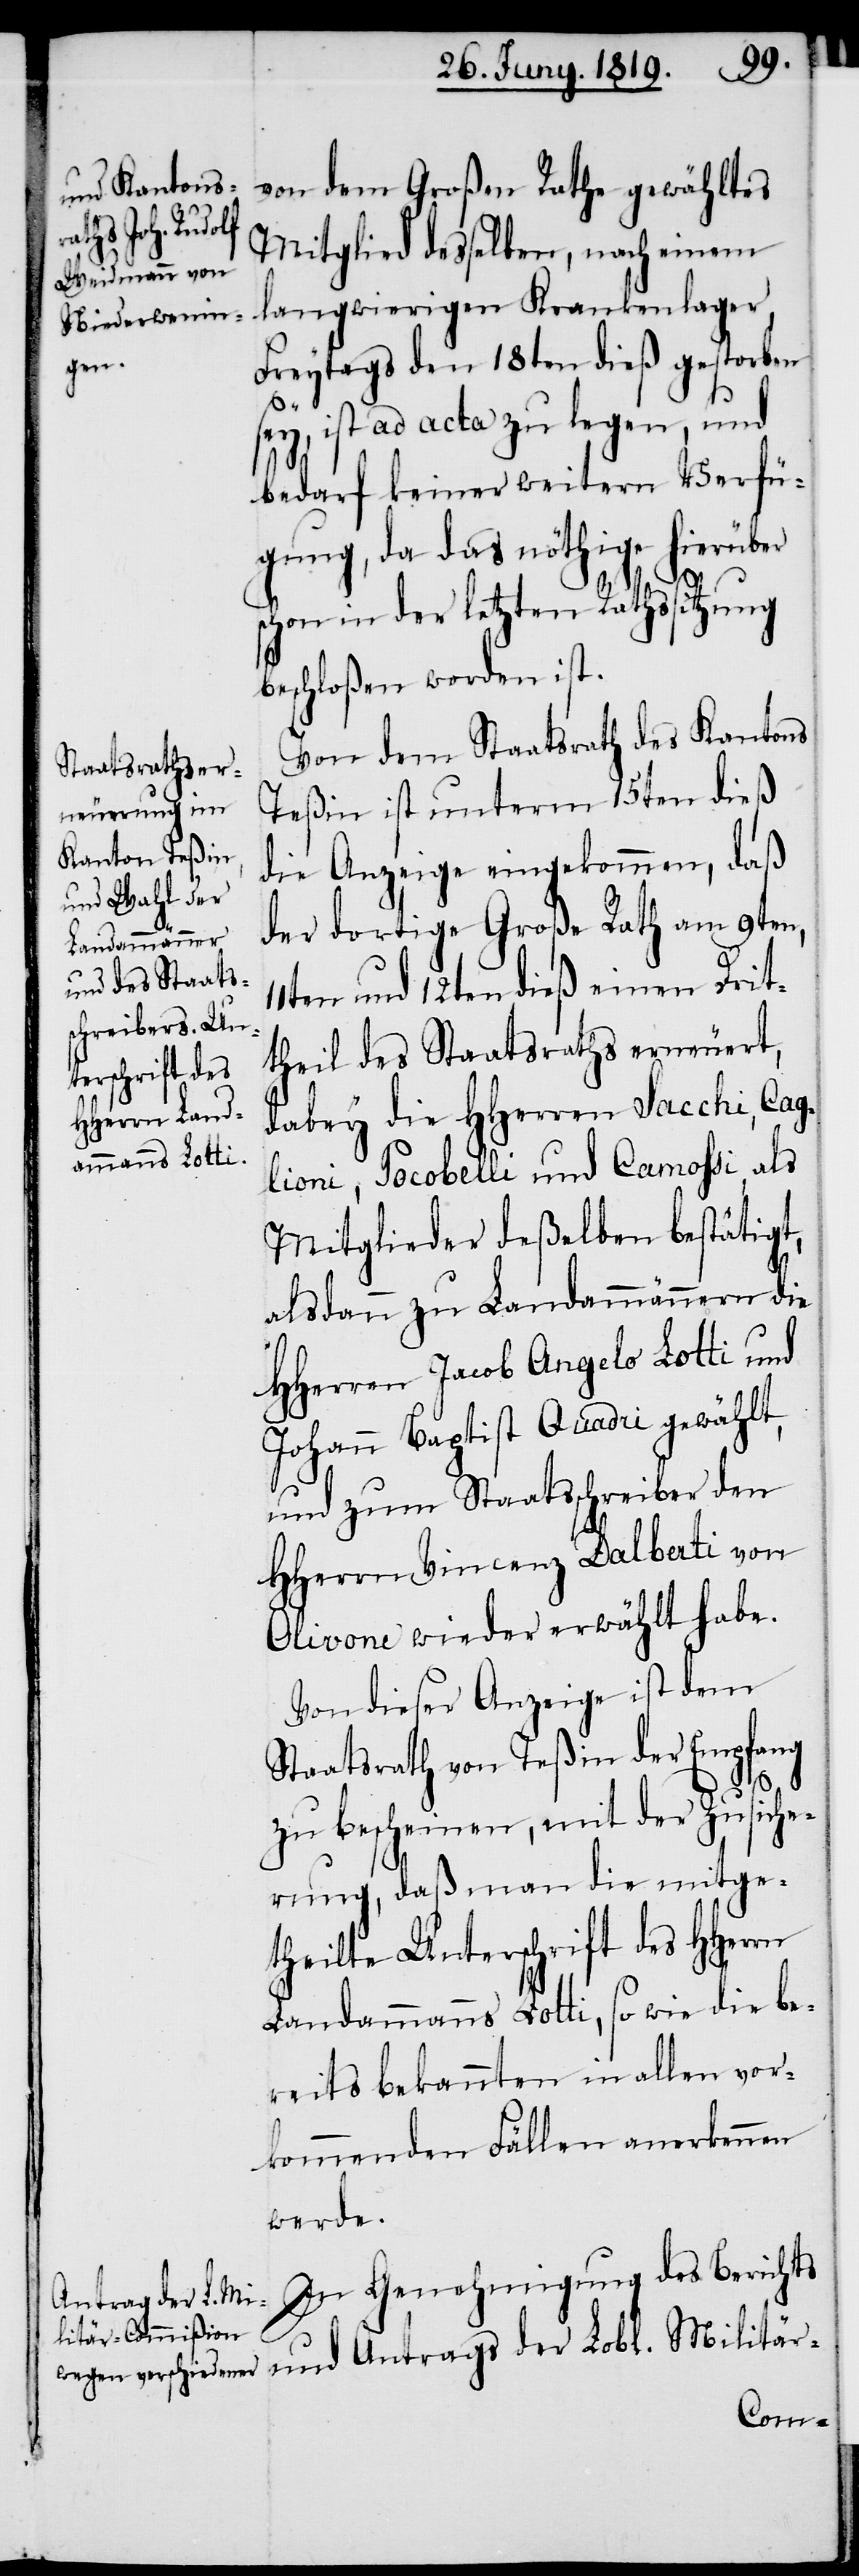
von dem Großen Rath gewähltes
Mitglied desselben, nach einem
langwierigen Krankenlager,
Freytags den 18ten dieß gestorben
sey, ist ad acta zu legen, und
bedarf keiner weitern Verfü¬
gung, da das nöthige hierüber
s¬
chon in der letzten Rathssitzung
beschloßen worden ist.
Von dem Staatsrath des Kantons
Teßin ist unterm 15ten dieß
die Anzeige eingekommen, daß
der dortige Große Rath am 9ten,
11ten und 12ten dieß einen Drit¬
theil des Staatsraths erneuert,
dabey die HHerren Sacchi, Cag¬
lioni, Pocobelli und Camohsi, als
Mitglieder deßelben bestätigt,
alsdann zu Landammännern die
HHerren Jacob Angelo Lotti und
Johann Baptist Quadri gewählt,
und zum Staatsschreiber den
HHerrn Vincenz Dalberti von
Olivone wieder erwählt habe.
Von dieser Anzeige ist dem
Staatsrath von Teßin der Empfang
zu bescheinen, mit der Zusiche¬
rung, daß man die mitge¬
theilte Unterschrift des HHerrn
Landammanns Lotti, so wie die be¬
reits bekannten in allen vor¬
kommenden Fällen anerkennen
werde.
In Genehmigung des Berichts
und Antrags der Lobl. Militär-